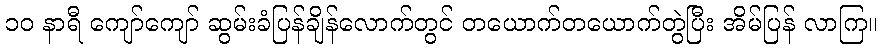
၁၀ နာရီ ကျော်ကျော် ဆွမ်းခံပြန်ချိန်လောက်တွင် တယောက်တယောက်တွဲပြီး အိမ်ပြန် လာကြ။